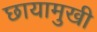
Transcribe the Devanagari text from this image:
छायामुखी